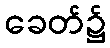
ခေတ်၌